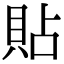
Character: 貼